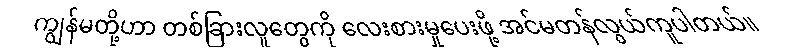
ကျွန်မတို့ဟာ တစ်ခြားလူတွေကို လေးစားမှုပေးဖို့ အင်မတန်လွယ်ကူပါတယ်။